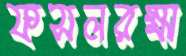
ফসলরক্ষা